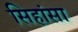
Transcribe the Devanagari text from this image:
सिहांसा